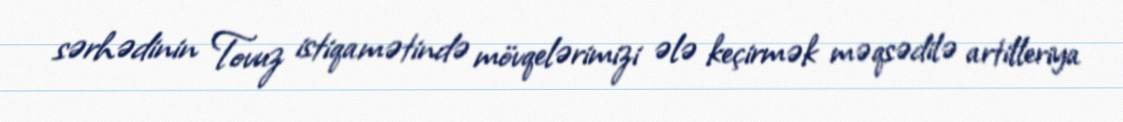
sərhədinin Tovuz istiqamətində mövqelərimizi ələ keçirmək məqsədilə artilleriya